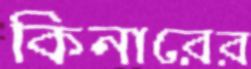
কিনারের